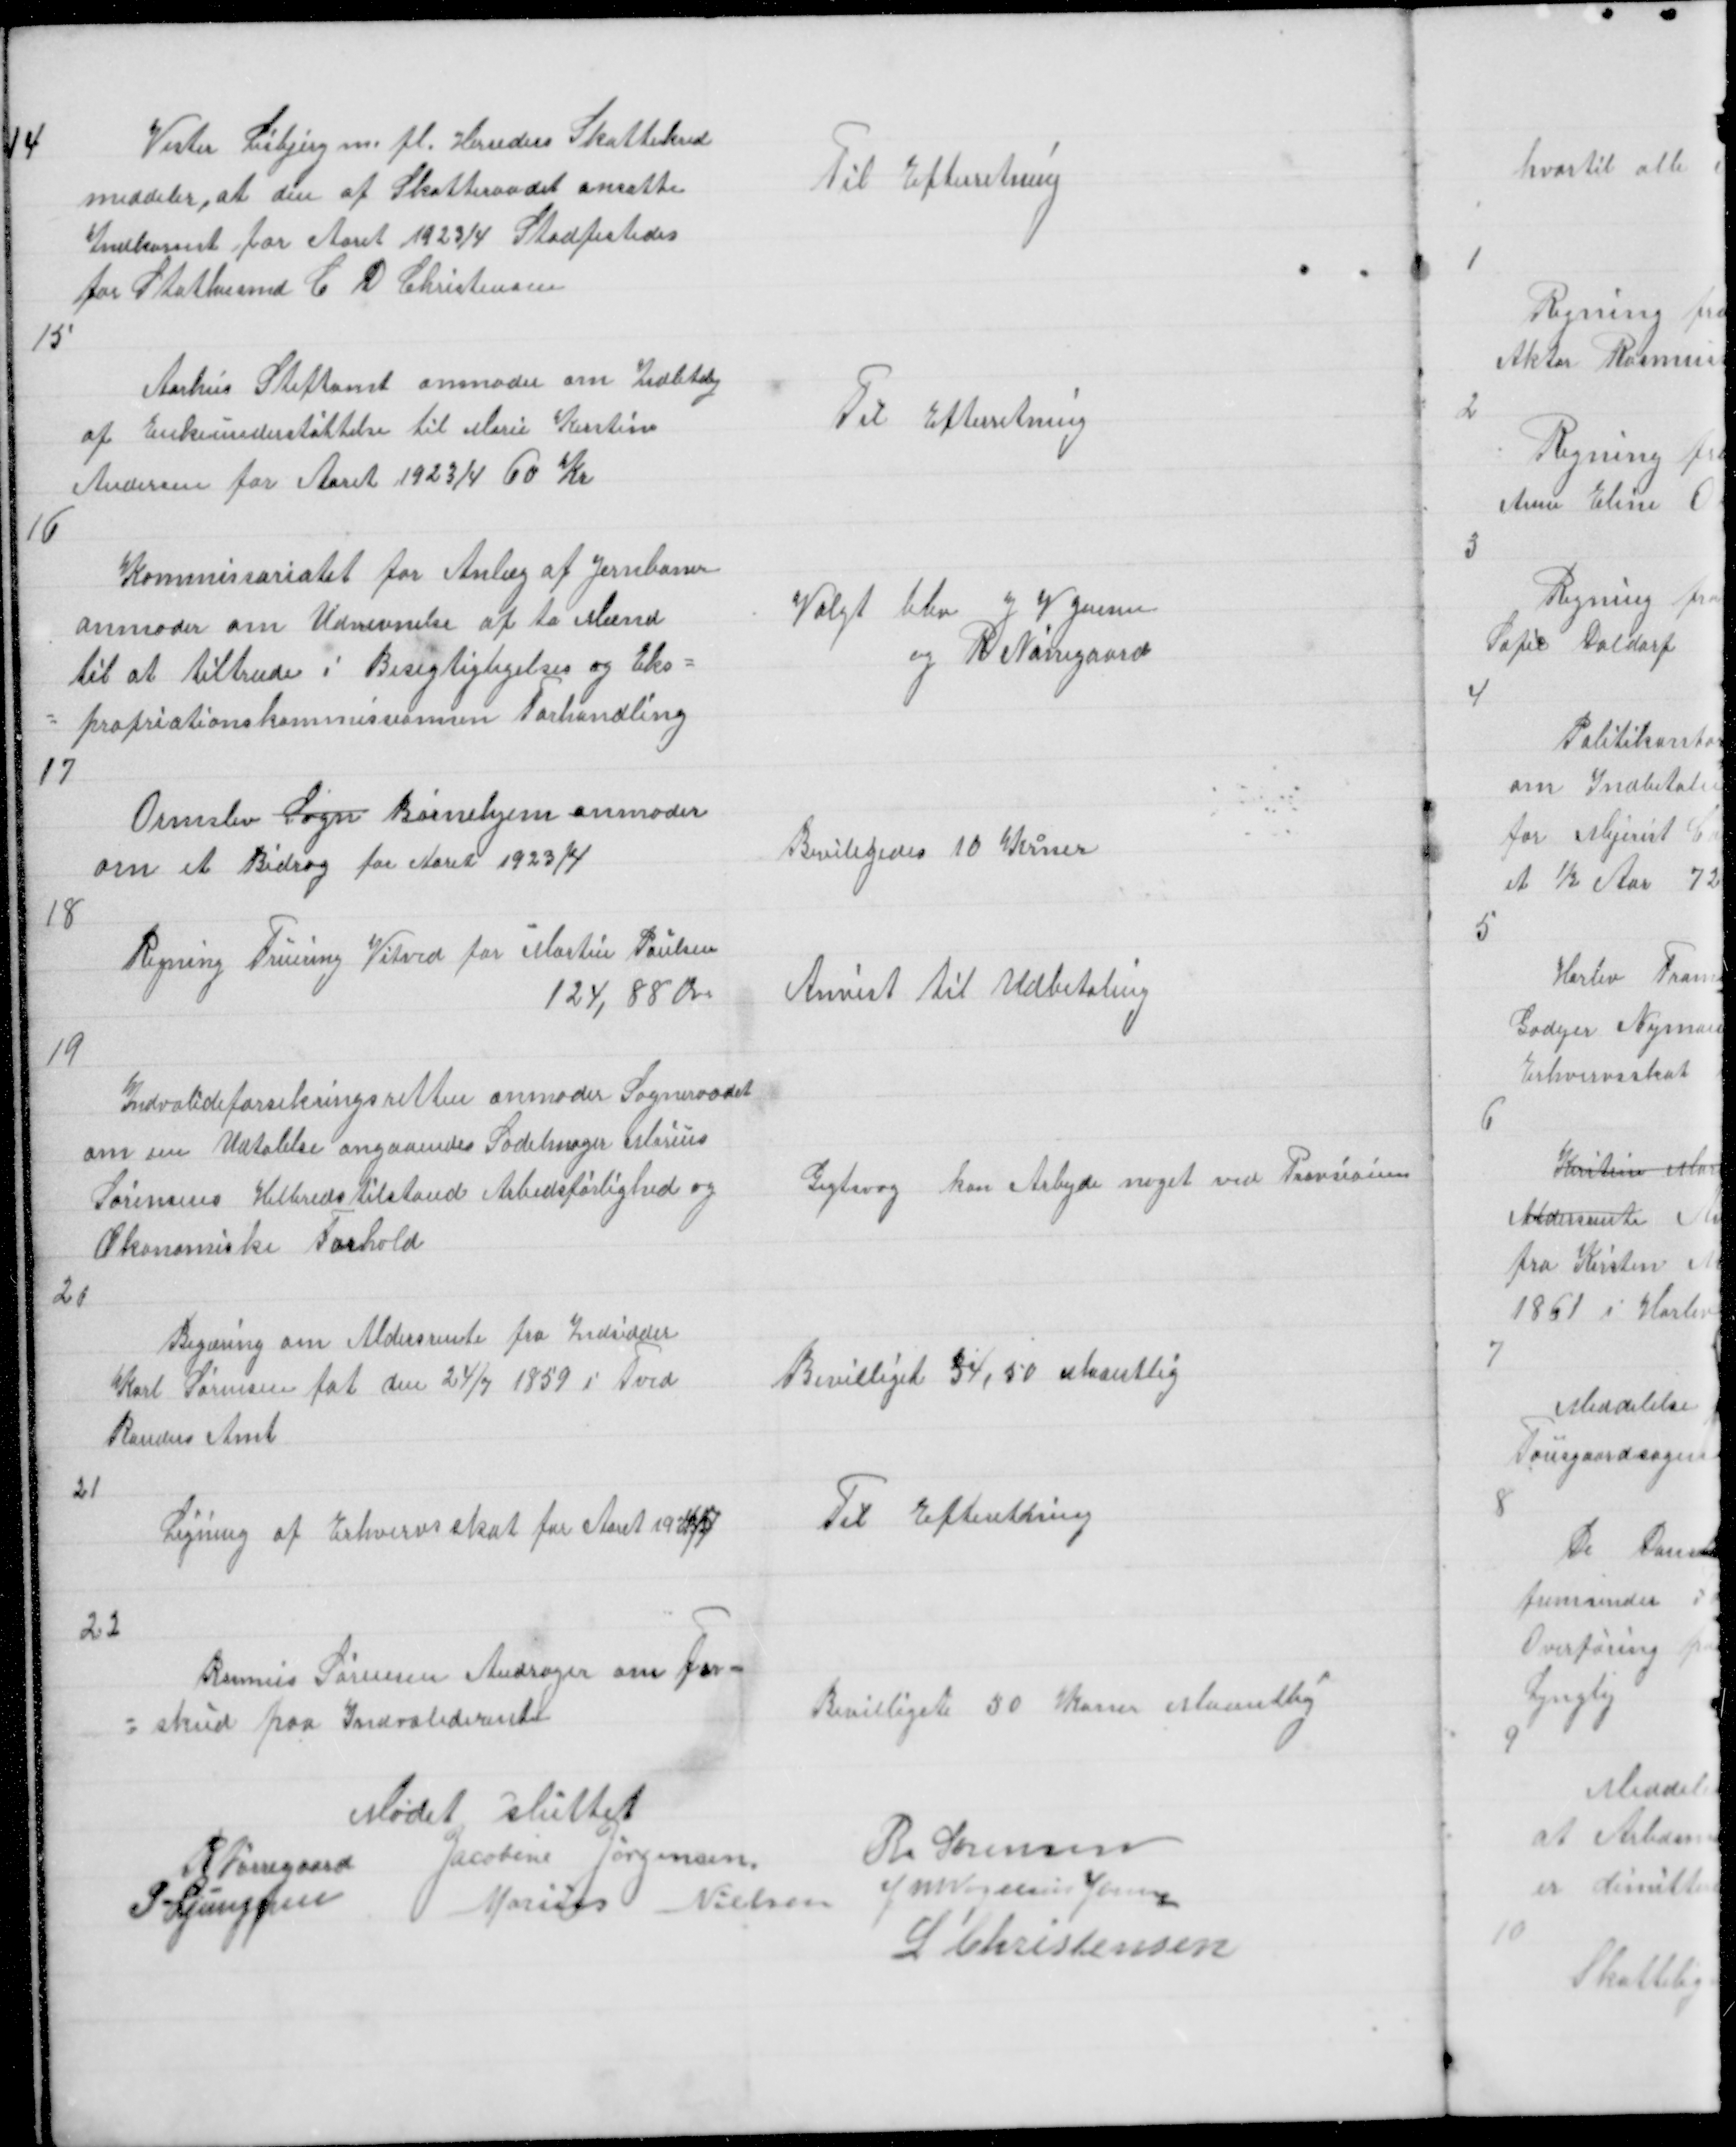
Transskription:
14

Vester Lisbjerg m. fl. Herreders Skattekred
meddeler, at den af Skatteraadet ansatte
Indkomst for Aaret 1923/4 Stadfestedes
for Stathusmd C D Christensen

Til Efterretning

15

Aarhus Stiftamt anmoder om Indbtalig
af Enkeunderstøttelse til Marie Kirstine
Andersen for Aaret 1923/4 60 Kr

Til Efterretning

16

Kommissariatet for Anlæg af Jernbaner
anmoder om Udnevnelse af to Mænd
til at tiltræde Besigtigligelses og Eks=
= propriationskommissionnens Forhandling

Valgt blev J V Jensen
og R Nørregaard

17

Ormslev Sogn Børnehjem anmoder
om et Bidrag for Aaret 1923/4

Beviligedes 10 Krner

18

Regning Fruering Vitved for Martin Paulsen
124,88 Øre

Anvist til Udbetaling

19
Indvalideforsikringsretten anmoder Sogneraadet
om en Udtalelse angaaendes Sadelmager Marius
Sørensens Helbredstilstand Arbedsførlighed og
Økonomiske Forhold

Gigtsvag kan arbejde noget ved Provisoine

20

Begæring om Aldersrente fra Indsidder
Karl Sørensen føt den 24/7 1859 i Tved
Randers Amt

Bevilliget 34,50 Maantlig

21

Ligning af Erhvervsskat for Aaret 1924/5

Til Efterretning

22
Rasmus Sørensen Andrager om For =
= skud paa Indvaliderente

Bevilliget 50 Koner Maantlig

Mødet sluttet
R Nørregaard Jacobine Jørgensen
R. Sørensen
P Ljunggren
Marius Nielsen
J M Vogelius Jensen
L Christensen